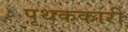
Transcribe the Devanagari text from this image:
पृथककारी